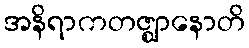
အနိရာကတဇ္ဈာနောတိ